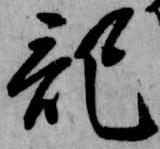
記